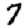
Digit: 7